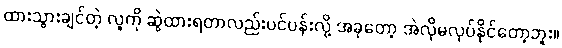
ထားသွားချင်တဲ့ လူကို ဆွဲထားရတာလည်းပင်ပန်းလို့ အခုတော့ အဲလိုမလုပ်နိုင်တော့ဘူး။